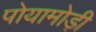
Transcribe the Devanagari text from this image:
पोयामोड़ी